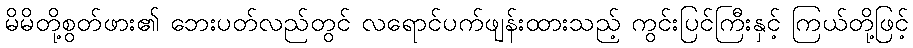
မိမိတို့စွတ်ဖား၏ ဘေးပတ်လည်တွင် လရောင်ပက်ဖျန်းထားသည့် ကွင်းပြင်ကြီးနှင့် ကြယ်တို့ဖြင့်